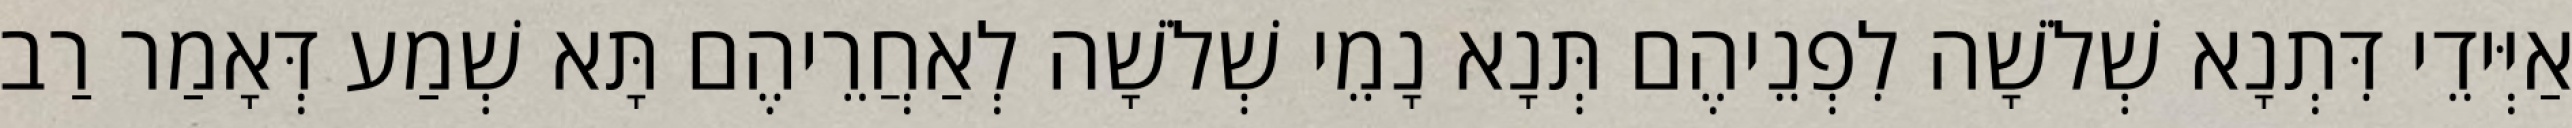
אַיְּידֵי דִּתְנָא שְׁלֹשָׁה לִפְנֵיהֶם תְּנָא נָמֵי שְׁלֹשָׁה לְאַחֲרֵיהֶם תָּא שְׁמַע דְּאָמַר רַב